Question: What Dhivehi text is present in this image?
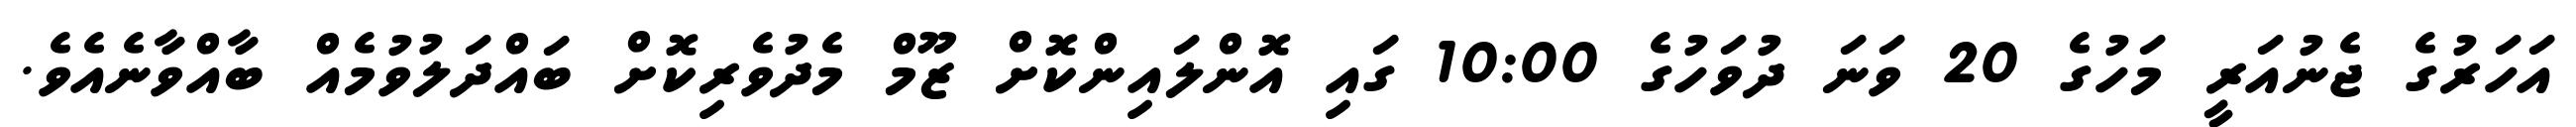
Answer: އަހަރުގެ ޖެނުއަރީ މަހުގެ 20 ވަނަ ދުވަހުގެ 10:00 ގައި އޮންލައިންކޮށް ޒޫމް މެދުވެރިކޮށް ބައްދަލުވުމެއް ބާއްވާނެއެވެ.